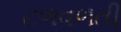
ટળવળતી